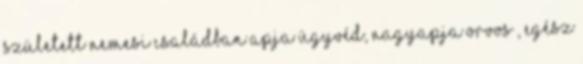
született nemesi családban apja ügyvéd, nagyapja orvos , egész